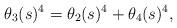
LaTeX: \begin{align*}\theta_3(s)^4 = \theta_2(s)^4 + \theta_4(s)^4,\end{align*}